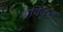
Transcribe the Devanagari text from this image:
कविकृत